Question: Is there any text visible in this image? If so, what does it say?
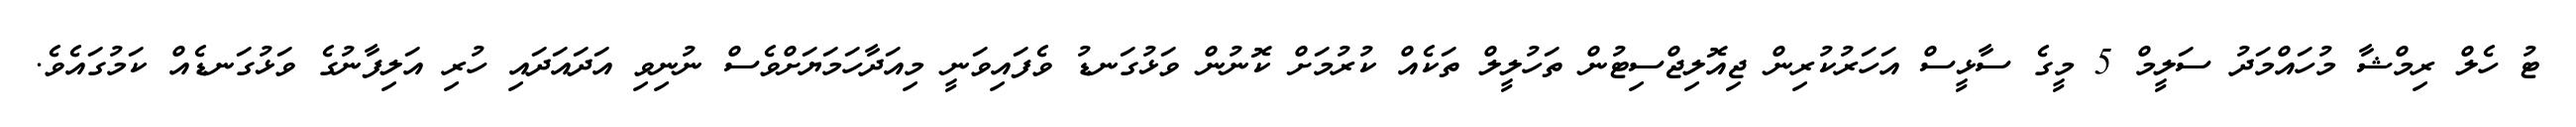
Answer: ޓު ހެލް ރިމްޝާ މުހައްމަދު ސަލީމް 5 މީގެ ސާޅީސް އަހަރުކުރިން ޖިއޮލިޖްސިޓުން ތަހުލީލް ތަކެއް ކުރުމަށް ކޮނުން ވަޅުގަނޑު ވެފައިވަނީ މިއަދާހަމަޔަށްވެސް ނުނިވި އަދައަދައި ހުރި އަލިފާނުގެ ވަޅުގަނޑެއް ކަމުގައެވެ.